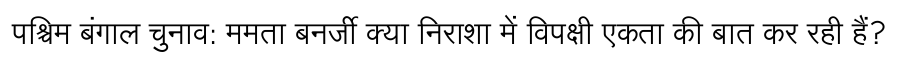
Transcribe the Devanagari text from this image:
पश्चिम बंगाल चुनाव: ममता बनर्जी क्या निराशा में विपक्षी एकता की बात कर रही हैं?